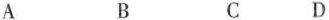
A B C D